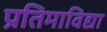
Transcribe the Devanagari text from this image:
प्रतिमाविद्या